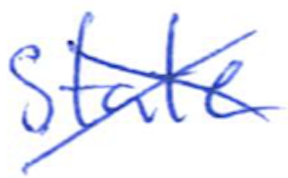
Text: state
Cross-out: cross
Writing tool: ballpoint